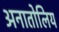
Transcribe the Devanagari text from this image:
अनातोलिय